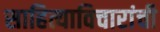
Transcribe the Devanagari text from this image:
साहित्याविचारांची